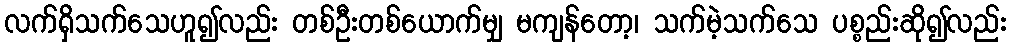
လက်ရှိသက်သေဟူ၍လည်း တစ်ဦးတစ်ယောက်မျှ မကျန်တော့၊ သက်မဲ့သက်သေ ပစ္စည်းဆို၍လည်း